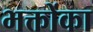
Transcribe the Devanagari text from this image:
भक्तोंका